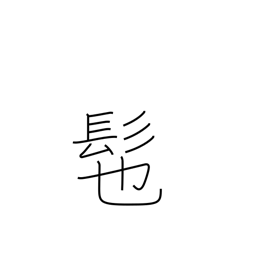
Meaning: wig